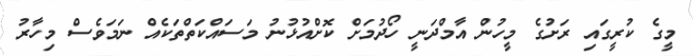
މީގެ ކުރީގައި ރަށުގެ މީހުން އާމްދަނީ ހޯދުމަށް ކޮށްއުޅުނު މަސައްކަތްތަކެއް ނަމަވެސް މިހާރު